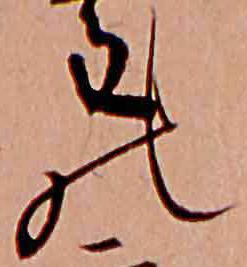
の